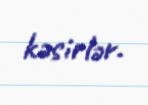
kəsirlər.